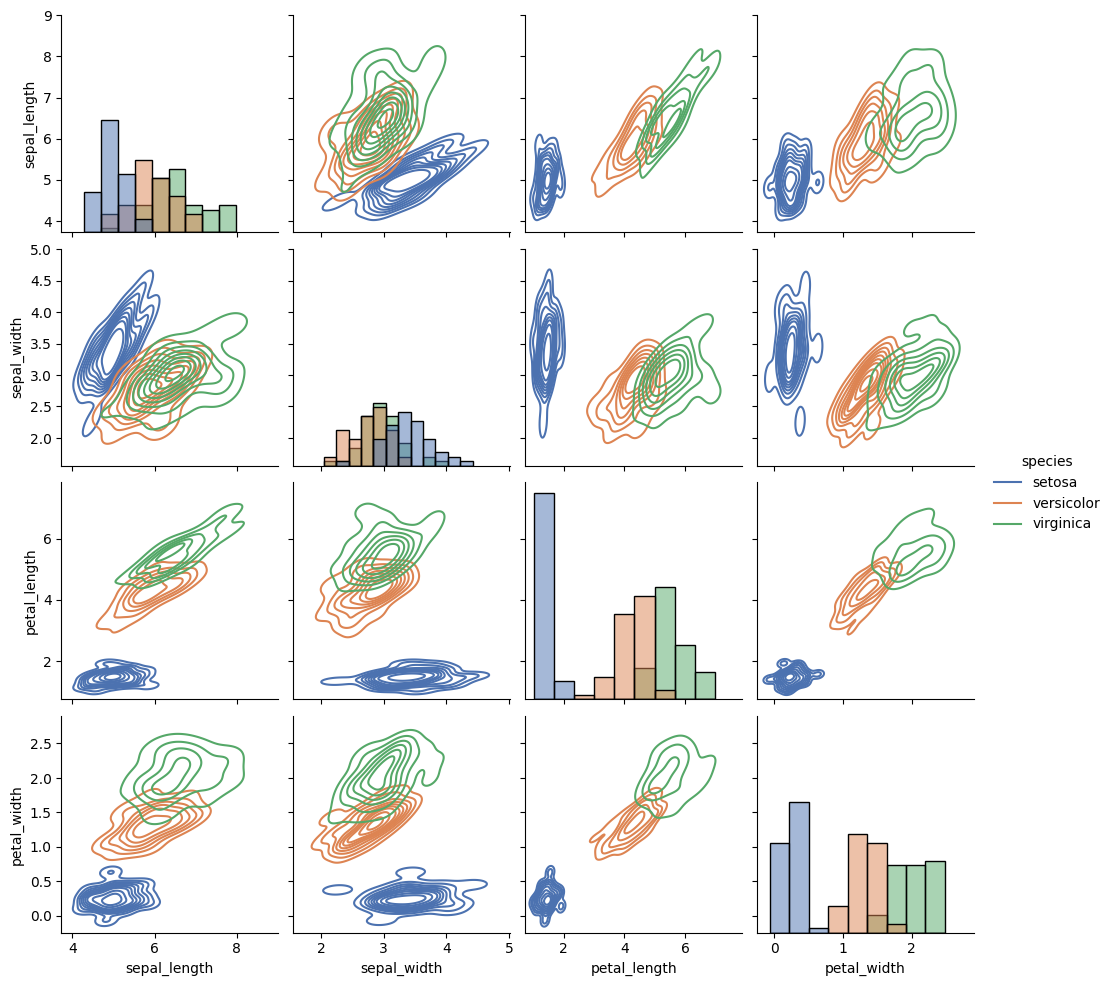
python, seaborn, pairplot, palette='deep', markers=['o'], kind='kde', diag_kind='hist'